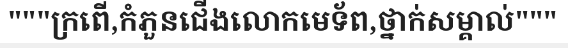
"""ក្រពើ,កំភួនជើងលោកមេទ័ព,ថ្នាក់សម្គាល់"""